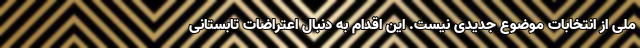
ملی از انتخابات موضوع جدیدی نیست. این اقدام به دنبال اعتراضات تابستانی